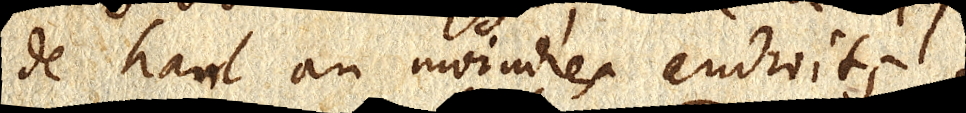
de haut aux moindres endroits;